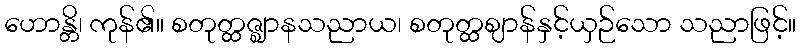
ဟောန္တိ၊ ကုန်၏။ စတုတ္ထဇ္ဈာနသညာယ၊ စတုတ္ထဈာန်နှင့်ယှဉ်သော သညာဖြင့်။